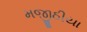
મજીઠીયા